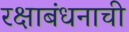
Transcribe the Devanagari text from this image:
रक्षाबंधनाची